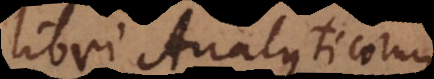
libri Analyticorum